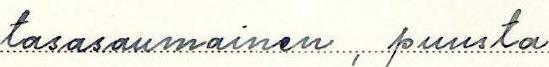
tasasaumainen, puusta